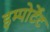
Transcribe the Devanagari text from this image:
इम्पोर्टेंट